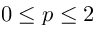
0 \le p \le 2